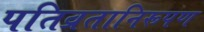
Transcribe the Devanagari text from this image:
पतिव्रतानिरूपण